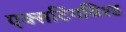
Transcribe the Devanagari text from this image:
एक्सटिंगविश्ड